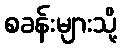
စခန်းများသို့